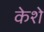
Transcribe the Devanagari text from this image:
केशे